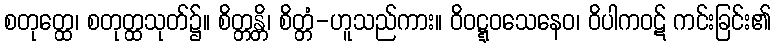
စတုတ္ထေ၊ စတုတ္ထသုတ်၌။ စိတ္တန္တိ၊ စိတ္တံ-ဟူသည်ကား။ ဝိဝဋ္ဋဝသေနေဝ၊ ဝိပါကဝဋ် ကင်းခြင်း၏